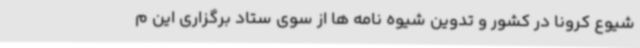
شیوع کرونا در کشور و تدوین شیوه نامه ها از سوی ستاد برگزاری این م